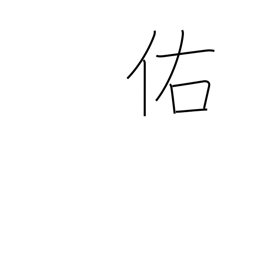
Meaning: assist